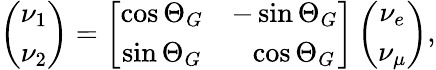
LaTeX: \left(\begin{array}{c}{{\nu_{1}}}\\ {{\nu_{2}}}\end{array}\right)=\left[\begin{array}{cc}{{\cos\Theta_{G}}}&{{-\sin\Theta_{G}}}\\ {{\sin\Theta_{G}}}&{{\ \ \cos\Theta_{G}}}\end{array}\right]\left(\begin{array}{c}{{\nu_{e}}}\\ {{\nu_{\mu}}}\end{array}\right),